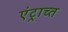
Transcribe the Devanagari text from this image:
एंट्राच्त